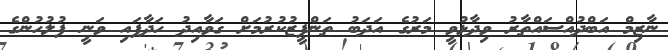
ނާޒިމް އަބްދުއްސައްތާރު ވިދާޅުވީ މަރުގެ އަދަބު ތަންފީޒުކުރުމަށް ގަވާއިދު ހަދާފައި ވަނީ ފުލުހުންގެ